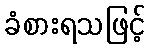
ခံစားရသဖြင့်